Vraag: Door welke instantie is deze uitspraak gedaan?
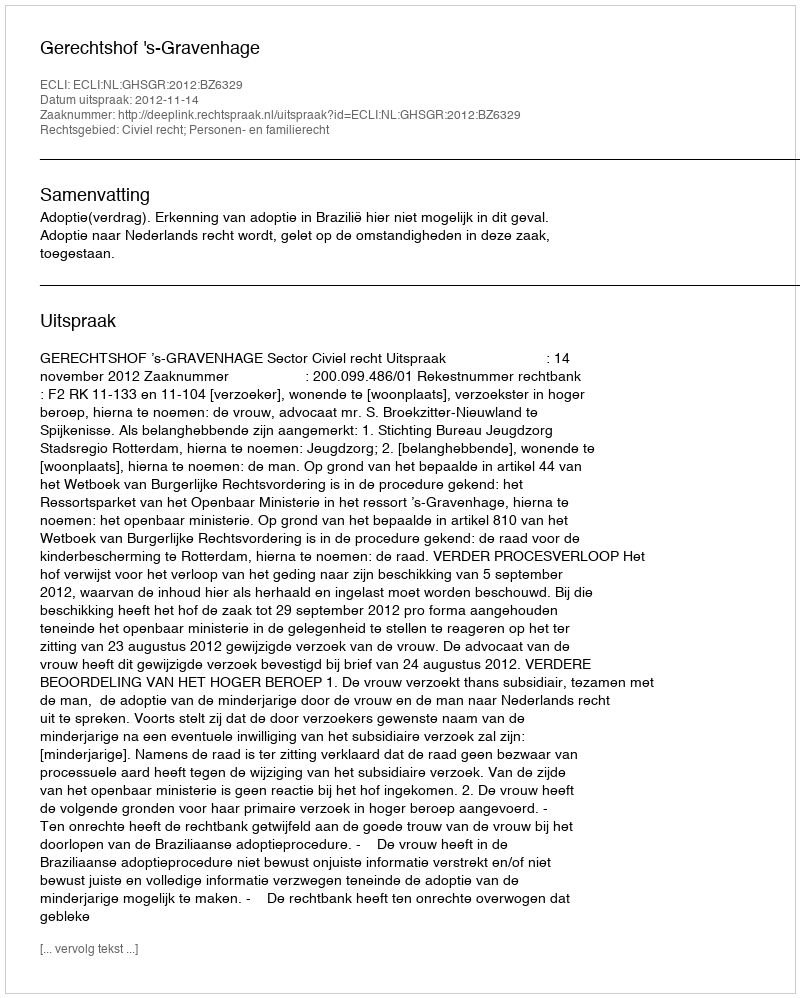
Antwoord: Gerechtshof 's-Gravenhage